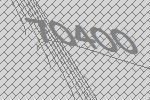
70400